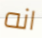
انه